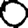
Digit: 0